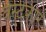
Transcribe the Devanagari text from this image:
वेस्टकार